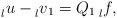
\begin{align*} \prescript{}{l}{u}-\prescript{}{l}{v}_1=Q_1 \prescript{}{l}{f},\end{align*}